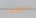
للهول